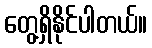
တွေ့ရှိနိုင်ပါတယ်။